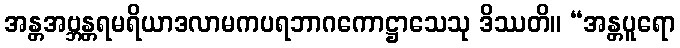
အန္တအဗ္ဘန္တရမရိယာဒလာမကပရဘာဂကောဋ္ဌာသေသု ဒိဿတိ။ “အန္တပူရော